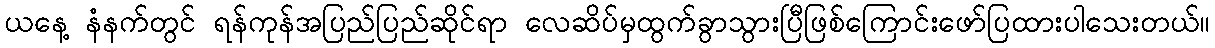
ယနေ့ နံနက်တွင် ရန်ကုန်အပြည်ပြည်ဆိုင်ရာ လေဆိပ်မှထွက်ခွာသွားပြီဖြစ်ကြောင်းဖော်ပြထားပါသေးတယ်။